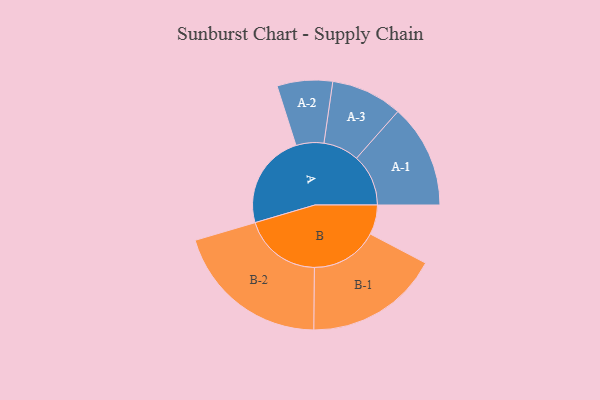
{"axis": {"x": "Segment", "y": "Value"}, "legend": ["", "A", "B"], "data": [{"x": "A", "y": 346, "type": ""}, {"x": "B", "y": 108, "type": ""}, {"x": "A-1", "y": 189, "type": "A"}, {"x": "A-2", "y": 101, "type": "A"}, {"x": "A-3", "y": 130, "type": "A"}, {"x": "B-1", "y": 245, "type": "B"}, {"x": "B-2", "y": 285, "type": "B"}]}